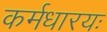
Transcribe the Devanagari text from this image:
कर्मधारयः